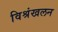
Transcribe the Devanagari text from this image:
विश्रंखलन